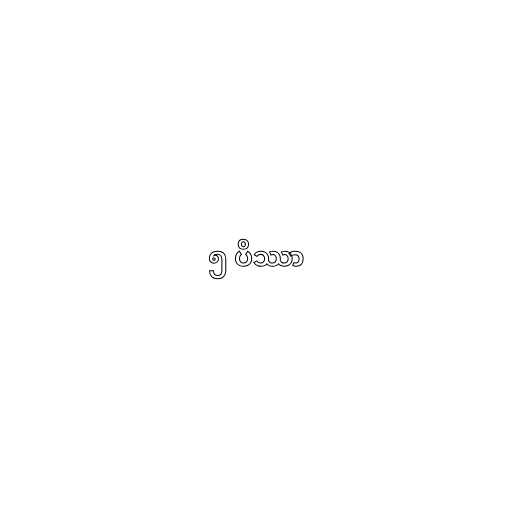
၅ ပိဿာ